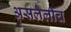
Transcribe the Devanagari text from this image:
असलेलीच